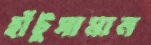
হাঁটুসামান